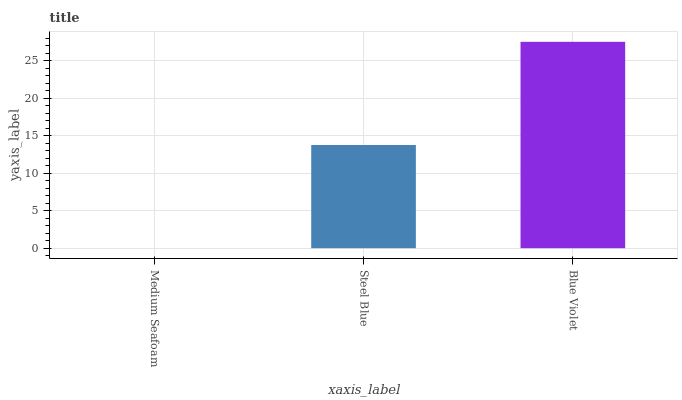
| xaxis_label | bars |
 | --- | --- |
 | Medium Seafoam | 0 |
 | Steel Blue | 13.8 |
 | Blue Violet | 27.5 |